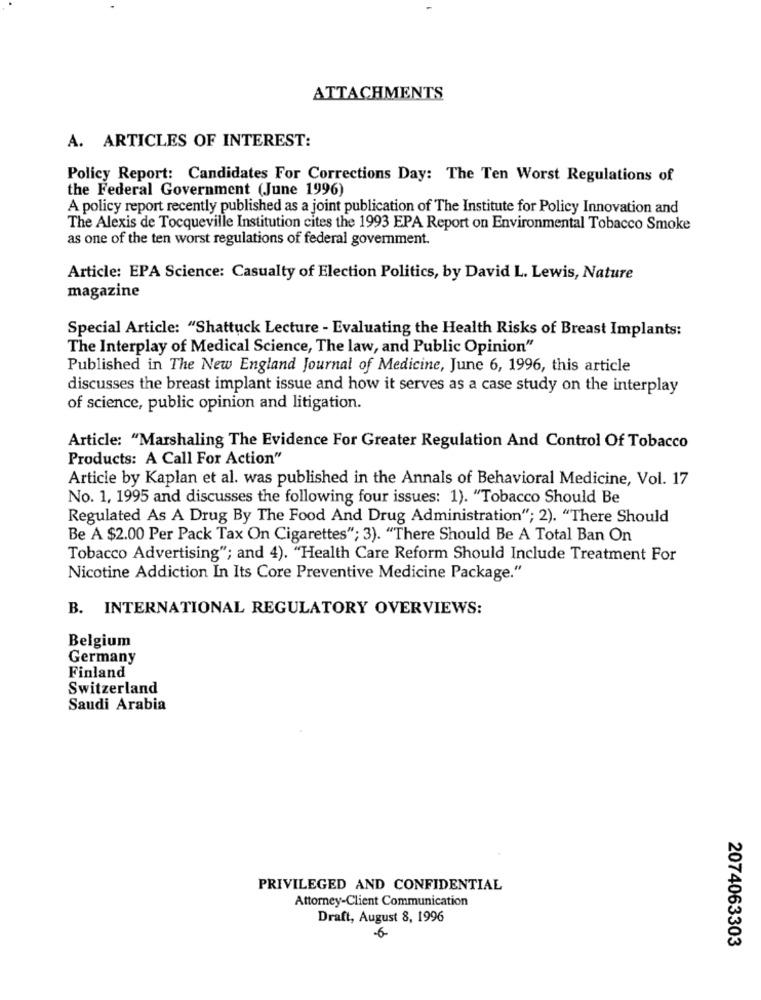
ATTACHMENTS
A. ARTICLES OF INTEREST:
Policy Report: Candidates For Corrections Day: The Ten Worst Regulations of
the Federal Government (June 1996)
A policy report recently published as a joint publication of The Institute for Policy Innovation and
The Alexis de Tocqueville Institution cites the 1993 EPA Report on Environmental Tobacco Smoke
as one of the ten worst regulations of federal government.
Article: EPA Science: Casualty of Election Politics, by David L. Lewis, Nature
magazine
Special Article: "Shattuck Lecture - Evaluating the Health Risks of Breast Implants:
The Interplay of Medical Science, The law, and Public Opinion"
Published in The New England Journal of Medicine, June 6, 1996, this article
discusses the breast implant issue and how it serves as a case study on the interplay
of science, public opinion and litigation.
Article: "Marshaling The Evidence For Greater Regulation And Control Of Tobacco
Products: A Call For Action"
Article by Kaplan et al. was published in the Annals of Behavioral Medicine, Vol. 17
No. 1, 1995 and discusses the following four issues: 1). "Tobacco Should Be
Regulated As A Drug By The Food And Drug Administration"; 2). "There Should
Be A $2.00 Per Pack Tax On Cigarettes"; 3). "There Should Be A Total Ban On
Tobacco Advertising"; and 4). "Health Care Reform Should Include Treatment For
Nicotine Addiction In Its Core Preventive Medicine Package."
B. INTERNATIONAL REGULATORY OVERVIEWS:
Belgium
Germany
Finland
Switzerland
Saudi Arabia
PRIVILEGED AND CONFIDENTIAL
Attorney-Client Communication
Draft, August 8, 1996
2074063303